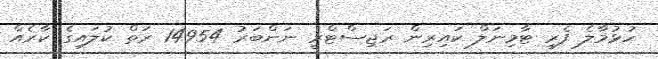
ހުޅުމާލެ ފެރީ ޓާމިނަލް ކައިރިން ރަޖިސްޓްރީ ނަންބަރު 14954 ރަތް ކުލައިގެ ކާރެއް